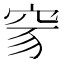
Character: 𥥒